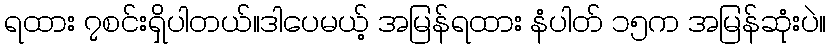
ရထား ၇စင်းရှိပါတယ်။ဒါပေမယ့် အမြန်ရထား နံပါတ် ၁၅က အမြန်ဆုံးပဲ။